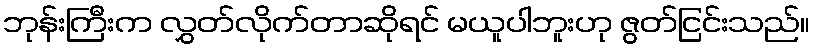
ဘုန်းကြီးက လွှတ်လိုက်တာဆိုရင် မယူပါဘူးဟု ဇွတ်ငြင်းသည်။